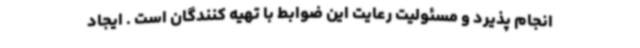
انجام پذیرد و مسئولیت رعایت این ضوابط با تهیه کنندگان است . ایجاد